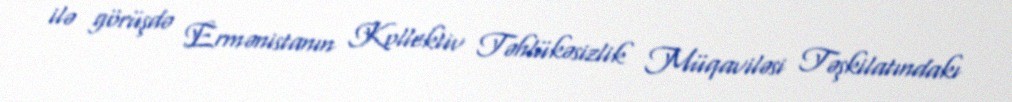
ilə görüşdə Ermənistanın Kollektiv Təhlükəsizlik Müqaviləsi Təşkilatındakı